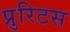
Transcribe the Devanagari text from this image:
प्रुरिटस